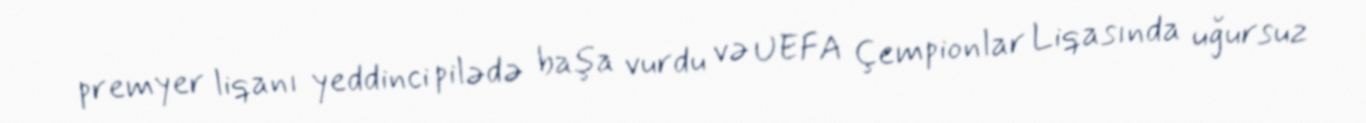
premyer liqanı yeddinci pilədə başa vurdu və UEFA Çempionlar Liqasında uğursuz